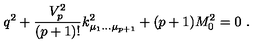
q ^ { 2 } + { \frac { V _ { p } ^ { 2 } } { ( p + 1 ) ! } } k _ { \mu _ { 1 } \dots \mu _ { p + 1 } } ^ { 2 } + ( p + 1 ) M _ { 0 } ^ { 2 } = 0 \ .